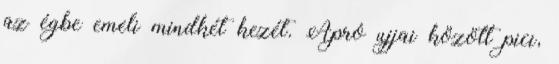
az égbe emeli mindkét kezét. Apró ujjai között pici,